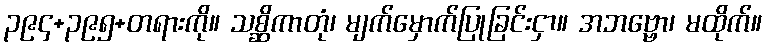
၃၉၄+၃၉၅+တရားကို။ သစ္ဆိကာတုံ၊ မျက်မှောက်ပြုခြင်းငှာ။ အဘဗ္ဗော၊ မထိုက်။